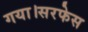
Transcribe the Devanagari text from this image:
गया।सरफेस